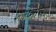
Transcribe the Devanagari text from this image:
श्लेष्माचा